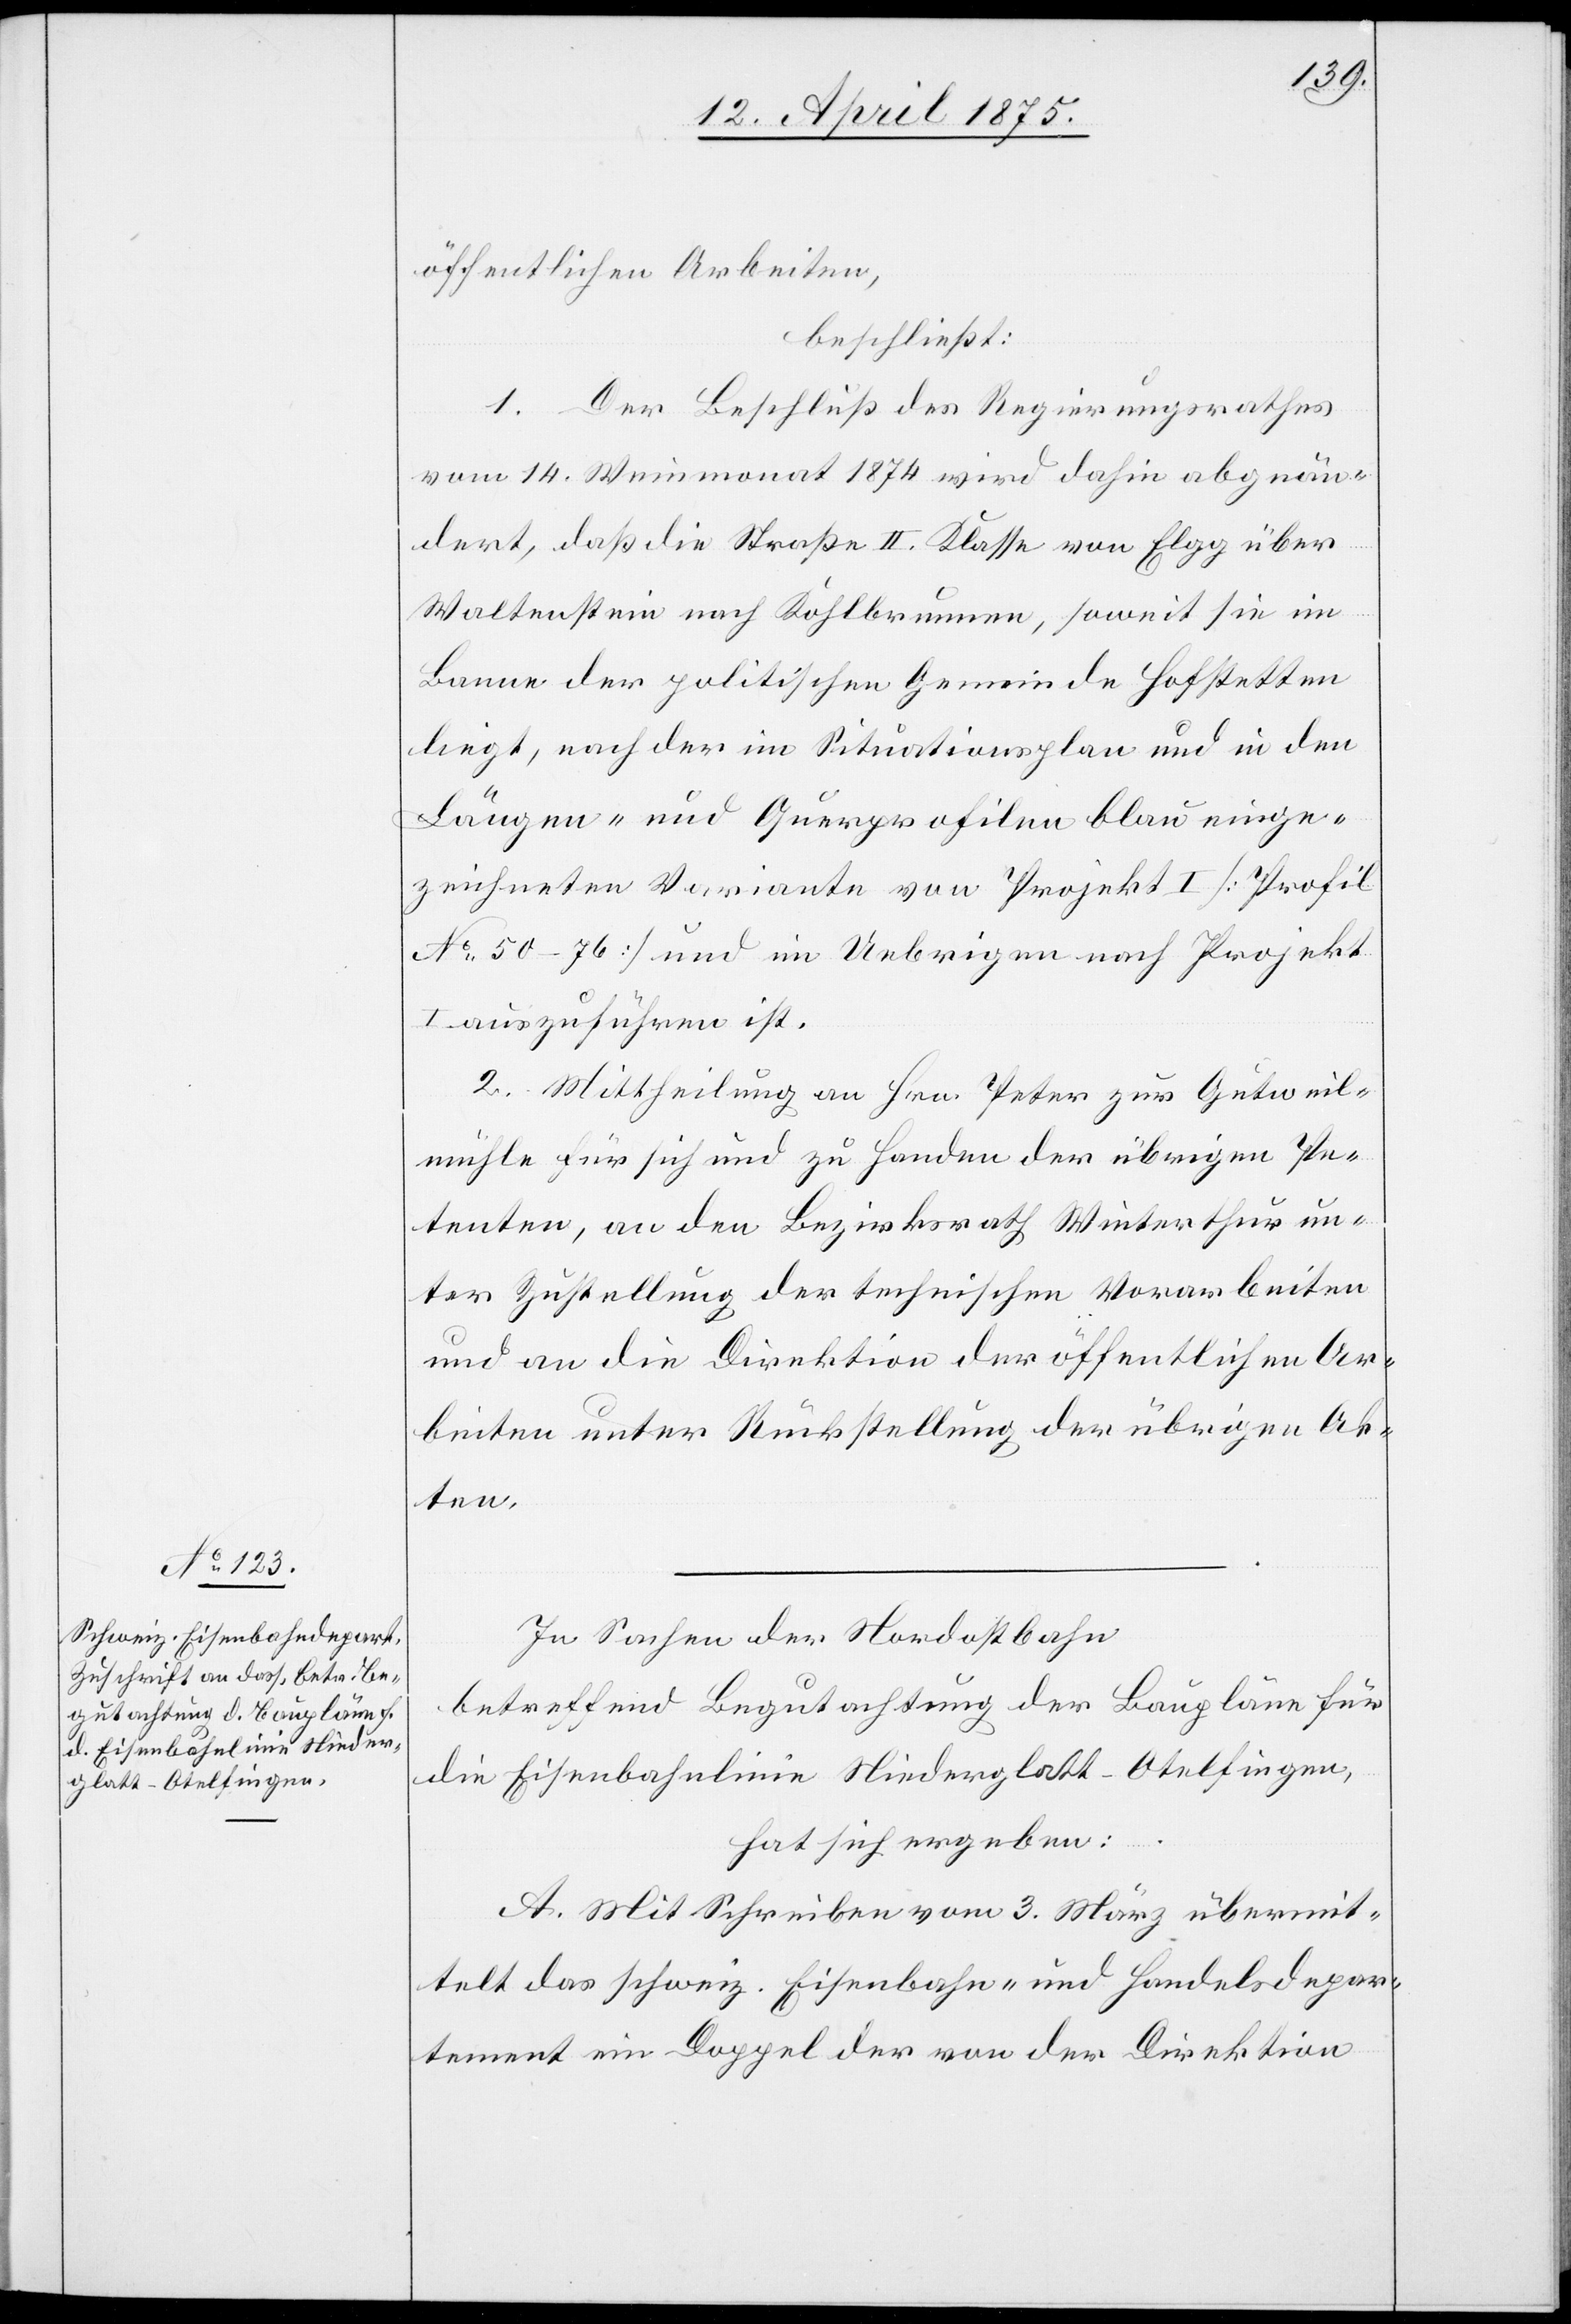
öffentlichen Arbeiten,
beschließt:
1. Der Beschluß des Regierungsrathes
vom 14. Weinmonat 1874 wird dahin abgeän¬
dert, daß die Straße II. Klaße von Elgg über
Waltenstein nach Kohlbrunnen, soweit sie im
Banne der politischen Gemeinde Hofstetten
liegt, nach der im Situationsplan und in den
Längen- und Querprofilen blau einge¬
zeichneten Variante von Projekt I [Profil
No 50–76] und im Uebrigen nach Projekt
I auszuführen ist.
2. Mittheilung an Hrn. Peter zur Gutsweil¬
mühle für sich und zu Handen der übrigen Pe¬
tenten, an den Bezirksrath Winterthur un¬
ter Zustellung der technischen Vorarbeiten
und an die Direktion der öffentlichen Ar¬
beiten unter Rückstellung der übrigen Ak¬
ten.